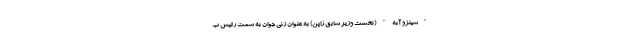
"شینزو آبه" (نخست وزیر سابق ژاپن) به عنوان زنی جوان به سمت رئیس ب